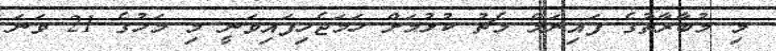
މި މުބާރާތުގެ ފައިނަލް މެޗު ކުޅުމަށް ހަމަޖެހިފައިވަނީ މި މަހުގެ 21 ވަނަ